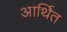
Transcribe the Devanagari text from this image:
आर्थित